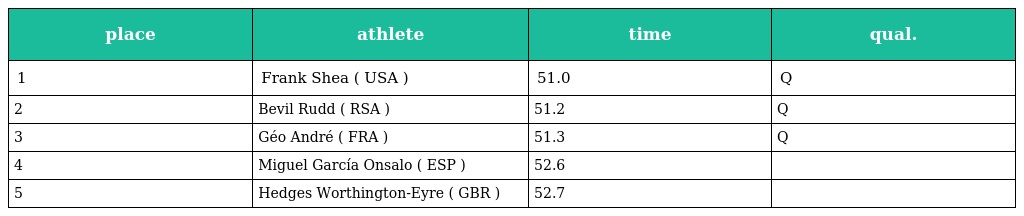
| place | athlete | time | qual. |
 | --- | --- | --- | --- |
 | 1 | Frank Shea ( USA ) | 51.0 | Q |
 | 2 | Bevil Rudd ( RSA ) | 51.2 | Q |
 | 3 | Géo André ( FRA ) | 51.3 | Q |
 | 4 | Miguel García Onsalo ( ESP ) | 52.6 |  |
 | 5 | Hedges Worthington-Eyre ( GBR ) | 52.7 |  |